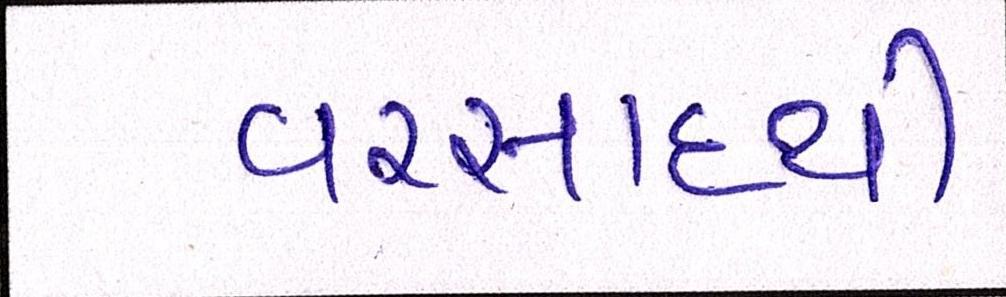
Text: વરસાદથી